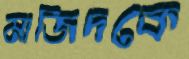
মাজিদকে